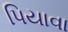
પિયાવા